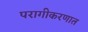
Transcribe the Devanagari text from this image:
परागीकरणात